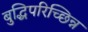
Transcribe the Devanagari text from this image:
बुद्धिपरिच्छिन्न